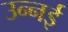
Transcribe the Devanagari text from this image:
उन्नई